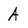
Character: A